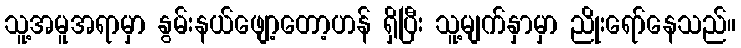
သူ့အမူအရာမှာ နွမ်းနယ်ဖျော့တော့ဟန် ရှိပြီး သူ့မျက်နှာမှာ ညိုးရော်နေသည်။